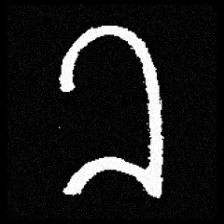
Pyu character \u2014 Myanmar letter: ခ (romanized: kha)